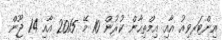
އިންޓަރވިއު އާއި އިމްތިޙާން ކުރުން 10 މޭ 2015 އާއި 14 ޖޫން